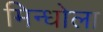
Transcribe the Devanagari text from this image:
मिन्धोला